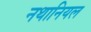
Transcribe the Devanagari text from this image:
नथानियल